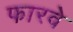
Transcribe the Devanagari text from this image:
फारवे